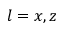
l = x , z